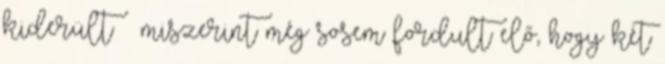
kiderült – miszerint még sosem fordult elő, hogy két